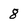
Character: 8